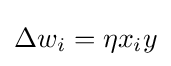
\Delta w_{i}=\eta x_{i}y